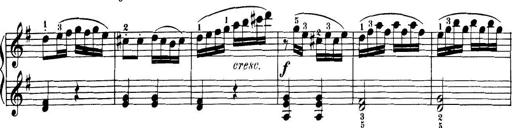
Title: 32 Sonatinas and Rondos for the Piano
Composer: Richard Kleinmichel